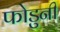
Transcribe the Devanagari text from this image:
फोडुनी